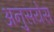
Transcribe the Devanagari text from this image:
अनुसयेस